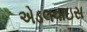
એડલવાઇસ